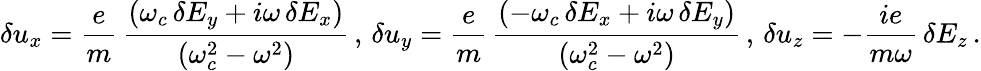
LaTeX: \delta u_{x}=\frac{e}{m}\, \frac{\left(\omega_{c}\, \delta E_{y}+i\omega\, \delta E_{x}\right)}{\left(\omega_{c}^{2}-\omega^{2}\right)}\, ,\, \delta u_{y}=\frac{e}{m}\, \frac{\left(-\omega_{c}\, \delta E_{x}+i\omega\, \delta E_{y}\right)}{\left(\omega_{c}^{2}-\omega^{2}\right)}\, ,\, \delta u_{z}=-\frac{ie}{m\omega}\, \delta E_{z}\, .